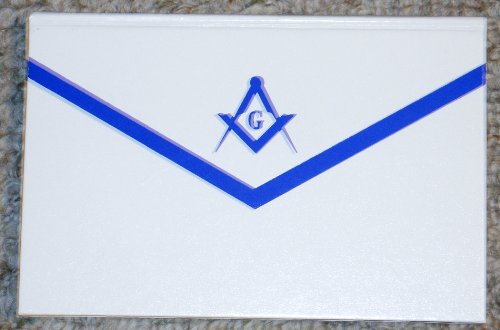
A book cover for The Craft and Its Symbols; Allen Roberts; Religion & Spirituality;